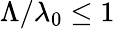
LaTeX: \Lambda/\lambda_{0}\leq 1